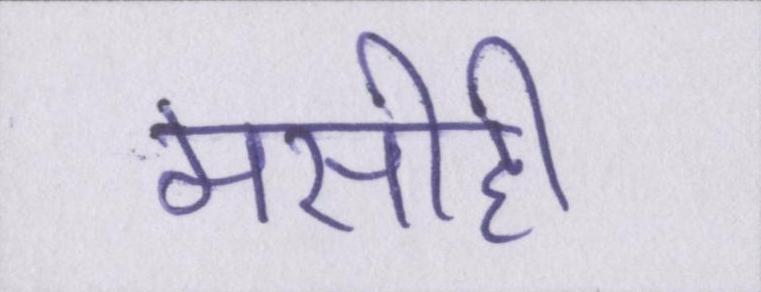
मसीही